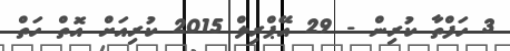
3 ހަފްތާ ކުރިން - 29 އޭޕްރިލް 2015 ކުރިއަށް އޮތް ހަތް